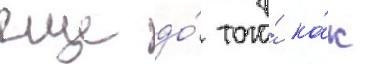
еще до́ того́ ка́к